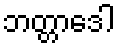
ဘတ္တာဒေါ